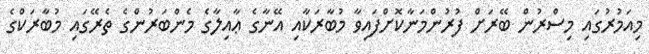
މިއަމުރުގައި މިސްރުން ބޭރަށް ފުރުންމަނާކޮށްފައިވާ މުބާރަކާއި އޭނާގެ ޢާއިލާގެ މެންބަރުންގެ ތެރޭގައި މުބާރަކްގެ